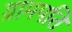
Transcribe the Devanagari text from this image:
ग्रामपति